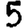
Digit: 5